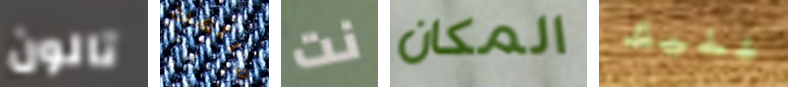
تالون ملتهبة نت المكان عليك